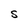
Character: S